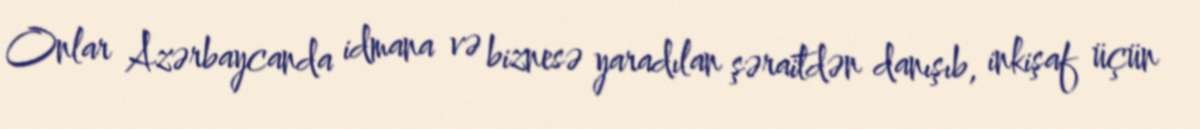
Onlar Azərbaycanda idmana və biznesə yaradılan şəraitdən danışıb, inkişaf üçün